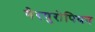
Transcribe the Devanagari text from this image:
गैरयुरोपियन